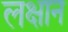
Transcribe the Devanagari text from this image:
लक्षान